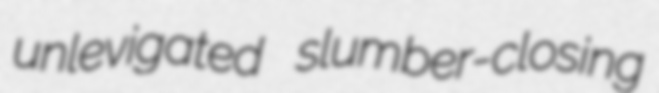
unlevigated slumber-closing